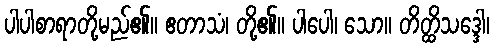
ပါပါစာရာတို့မည်၏။ ဧတာသံ၊ တို့၏။ ပါပေါ၊ သော။ တိတ္ထိသဒ္ဒေါ၊